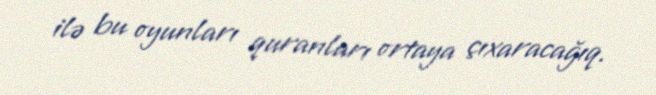
ilə bu oyunları quranları ortaya çıxaracağıq.